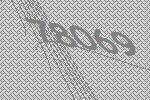
78069